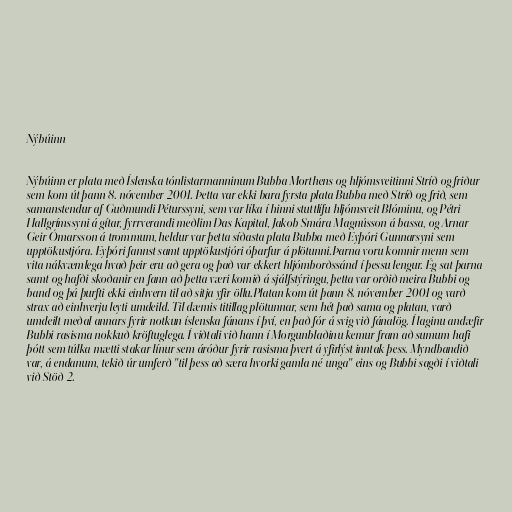
Nýbúinn

Nýbúinn er plata með Íslenska tónlistarmanninum Bubba Morthens og hljómsveitinni Stríð og friður
sem kom út þann 8. nóvember 2001. Þetta var ekki bara fyrsta plata Bubba með Stríð og frið, sem
samanstendur af Guðmundi Péturssyni, sem var líka í hinni stuttlífu hljómsveit Blóminu, og Pétri
Hallgrímssyni á gítar, fyrrverandi meðlim Das Kapital, Jakob Smára Magnússon á bassa, og Arnar
Geir Ómarsson á trommum, heldur var þetta síðasta plata Bubba með Eyþóri Gunnarsyni sem
upptökustjóra. Eyþóri fannst samt upptökustjóri óþarfur á plötunni.Þarna voru komnir menn sem
vita nákvæmlega hvað þeir eru að gera og það var ekkert hljómborðssánd í þessu lengur. Ég sat þarna
samt og hafði skoðanir en fann að þetta væri komið á sjálfstýringu, þetta var orðið meira Bubbi og
band og þá þurfti ekki einhvern til að sitja yfir öllu.Platan kom út þann 8. nóvember 2001 og varð
strax að einhverju leyti umdeild. Til dæmis titillag plötunnar, sem hét það sama og platan, varð
umdeilt meðal annars fyrir notkun íslenska fánans í því, en það fór á svig við fánalög. Í laginu andæfir
Bubbi rasisma nokkuð kröftuglega. Í viðtali við hann í Morgunblaðinu kemur fram að sumum hafi
þótt sem túlka mætti stakar línur sem áróður fyrir rasisma þvert á yfirlýst inntak þess. Myndbandið
var, á endanum, tekið úr umferð "til þess að særa hvorki gamla né unga" eins og Bubbi sagði í viðtali
við Stöð 2.